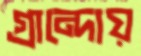
গ্রান্দোয়